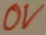
Text: 0V